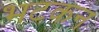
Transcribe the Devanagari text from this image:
भटकन